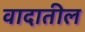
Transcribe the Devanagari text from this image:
वादातील